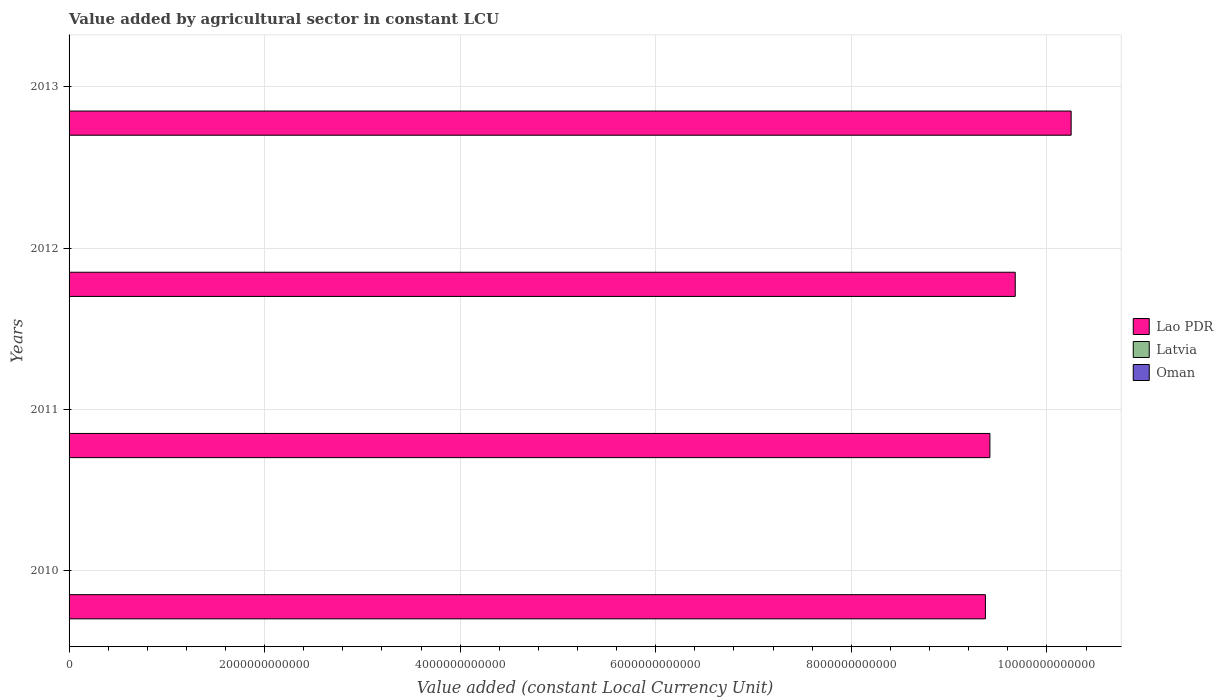
| Years | Lao PDR | Latvia | Oman |
 | --- | --- | --- | --- |
 | 2010 | 9.37e+12 | 7.06e+08 | 3.12e+08 |
 | 2011 | 9.42e+12 | 6.94e+08 | 3.1e+08 |
 | 2012 | 9.68e+12 | 7.46e+08 | 3.18e+08 |
 | 2013 | 1.02e+13 | 7.55e+08 | 3.34e+08 |